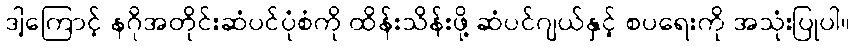
ဒါ့ကြောင့် နဂိုအတိုင်းဆံပင်ပုံစံကို ထိန်းသိန်းဖို့ ဆံပင်ဂျယ်နှင့် စပရေးကို အသုံးပြုပါ။